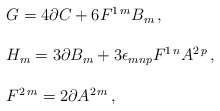
\begin{align*}\begin{array}{rcl}& & G = 4 \partial C +6 F^{1\, m} B_{m}\, ,\\& & \\& & H_{m} = 3\partial B_{m} +3\epsilon_{mnp}F^{1\, n}A^{2\, p}\, ,\\& & \\& & F^{2\, m} = 2\partial A^{2\, m}\, ,\\\end{array}\end{align*}